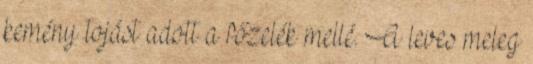
kemény tojást adott a főzelék mellé. A leves meleg